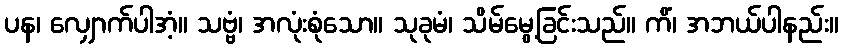
ပန၊ လျှောက်ပါအံ့။ သဗ္ဗံ၊ အလုံးစုံသော။ သုခုမံ၊ သိမ်မွေ့ခြင်းသည်။ ကိံ၊ အဘယ်ပါနည်း။